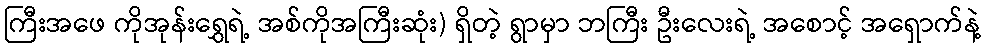
ကြီးအဖေ ကိုအုန်းရွှေရဲ့ အစ်ကိုအကြီးဆုံး) ရှိတဲ့ ရွာမှာ ဘကြီး ဦးလေးရဲ့ အစောင့် အရှောက်နဲ့